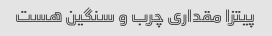
پیتزا مقداری چرب و سنگین هست